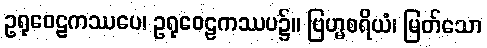
ဥရုဝေဠကဿပေ၊ ဥရုဝေဠကဿပ၌။ ဗြဟ္မစရိယံ၊ မြတ်သော